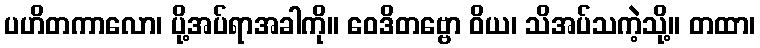
ပဟိတကာလော၊ ပို့အပ်ရာအခါကို။ ဝေဒိတဗ္ဗော ဝိယ၊ သိအပ်သကဲ့သို့။ တထာ၊